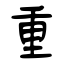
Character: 重